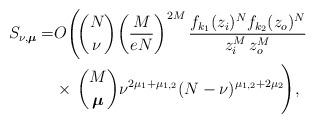
LaTeX: \begin{align*}\begin{aligned}S_{\nu,\boldsymbol\mu}=&O\Biggl(\!\binom{N}{\nu}\!\left(\frac{M}{eN}\right)^{2M}\frac{f_{k_1}(z_i)^Nf_{k_2}(z_o)^N}{z_i^M\,z_o^M}\\&\times\,\binom{M}{\boldsymbol\mu}\nu^{2\mu_1+\mu_{1,2}}(N-\nu)^{\mu_{1,2}+2\mu_2}\!\Biggr),\end{aligned}\end{align*}